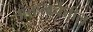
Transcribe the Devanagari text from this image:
अंतःत्वचेतील